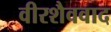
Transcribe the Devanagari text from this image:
वीरशैववाद